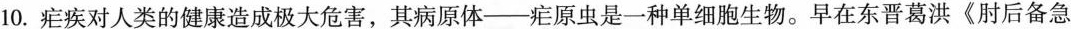
10.疟疾对人类的健康造成极大危害，其病原体——疟原虫是一种单细胞生物。早在东晋葛洪《肘后备急